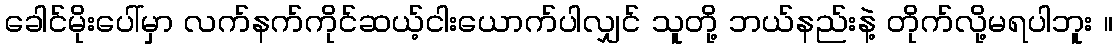
ခေါင်မိုးပေါ်မှာ လက်နက်ကိုင်ဆယ့်ငါးယောက်ပါလျှင် သူတို့ ဘယ်နည်းနဲ့ တိုက်လို့မရပါဘူး ။